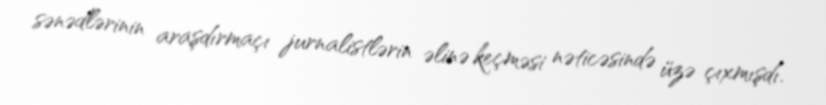
sənədlərinin araşdırmaçı jurnalistlərin əlinə keçməsi nəticəsində üzə çıxmışdı.